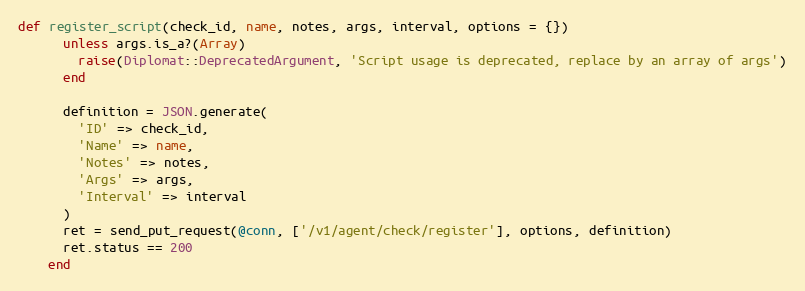
Language: Ruby
def register_script(check_id, name, notes, args, interval, options = {})
      unless args.is_a?(Array)
        raise(Diplomat::DeprecatedArgument, 'Script usage is deprecated, replace by an array of args')
      end

      definition = JSON.generate(
        'ID' => check_id,
        'Name' => name,
        'Notes' => notes,
        'Args' => args,
        'Interval' => interval
      )
      ret = send_put_request(@conn, ['/v1/agent/check/register'], options, definition)
      ret.status == 200
    end